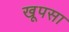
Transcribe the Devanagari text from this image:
खूपसा